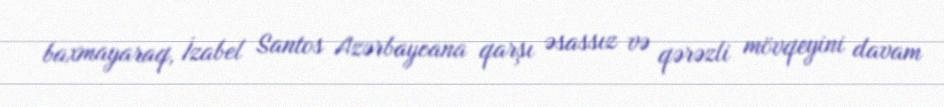
baxmayaraq, İzabel Santos Azərbaycana qarşı əsassız və qərəzli mövqeyini davam